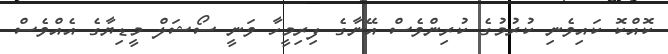
ކޮއްކޮ ކައިވެނި ކުރުމުގެ ކުރިންވެސް އޭނާގެ ފިރިމީހާ ވަނީ ސޯޝަލް މީޑިޔާގެ އެއްވެސް